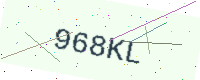
Text: 968KL